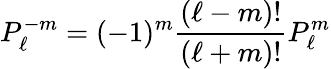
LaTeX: P_{\ell}^{-m}=(-1)^{m}{\frac{(\ell-m)!}{(\ell+m)!}}P_{\ell}^{m}